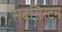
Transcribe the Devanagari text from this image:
सबसिस्टम